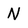
Character: N